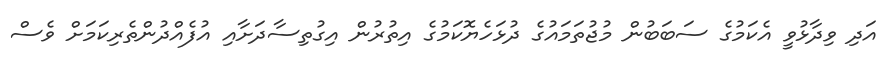
އަދި ވިދާޅުވީ އެކަމުގެ ސަބަބުން މުޖުތަމައުގެ ދުޅަހެޔޮކަމުގެ އިތުރުން އިގުތިސާދަށާއި އުފެއްދުންތެރިކަމަށް ވެސް